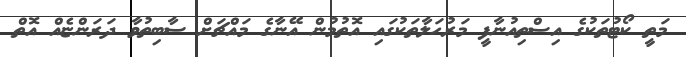
މަތީ ކޯޓުތަކުގެ އިސްތިއުނާފީ މަރުހަލާތަކުގައި އޮތުމުން އޭނާގެ މައްޗަށް ސާބިތުވާ ދަރަންޏެއް އޮތް